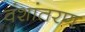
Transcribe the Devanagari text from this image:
वंशांतरण